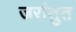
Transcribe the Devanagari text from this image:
जरांतुत